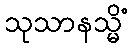
သုသာနသ္မိံ